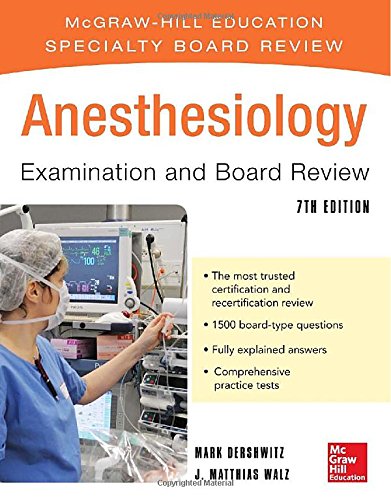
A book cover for Anesthesiology Examination and Board Review 7/E (McGraw-Hill Specialty Board Review); Mark Dershwitz; Medical Books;